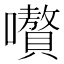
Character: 嚽